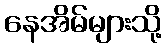
နေအိမ်များသို့